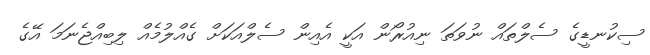
ސިކުނޑީގެ ސެލްތައް ނުވަތަ ނިއުރޯން އަކީ އެއިން ސެލްއަކަށް ގެއްލުމެއް ލިބިއްޖެނަމަ އޭގެ